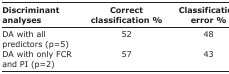
| Discriminant analyses | Correct classification % | Classification error % |
 | --- | --- | --- |
 | DA with all predictors (p=5) | 52 | 48 |
 | DA with only FCR and PI (p=2) | 57 | 43 |